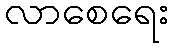
လာစေရေး